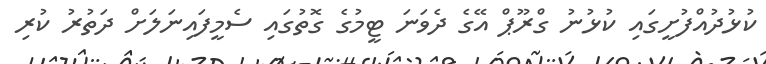
ކުޅުދުއްފުށީގައި ކުޅުނު ގްރޫޕް އޭގެ ދެވަނަ ޓީމުގެ ގޮތުގައި ސެމީފައިނަލަށް ދަތުރު ކުރި